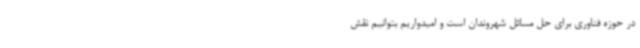
در حوزه فناوری برای حل مسائل شهروندان است و امیدواریم بتوانیم نقش